Report on lock hospitals in British Burma
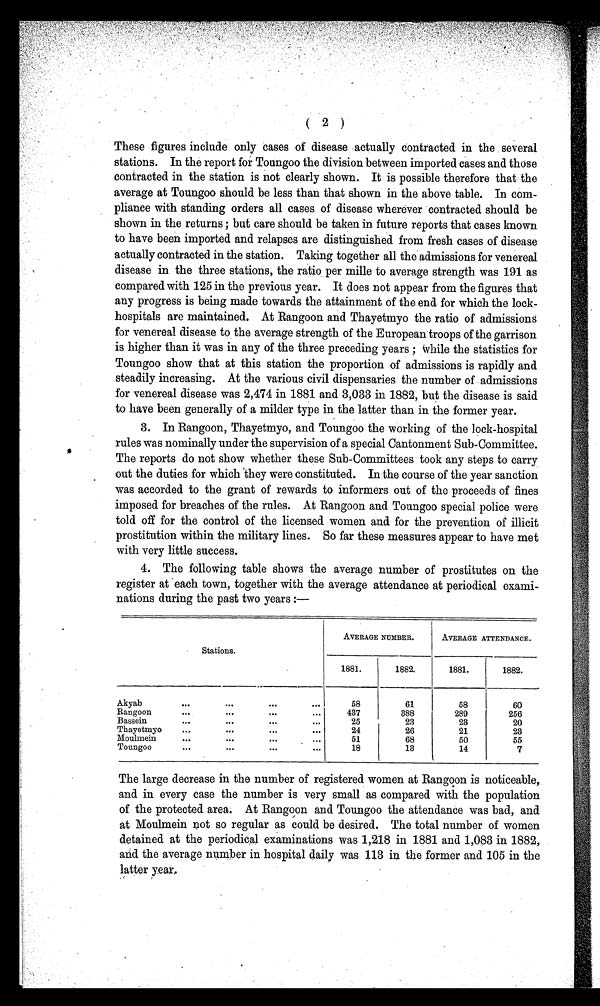
( 2 )
These figures include only cases of disease actually contracted in the several
stations. In the report for Toungoo the division between imported cases and those
contracted in the station is not clearly shown. It is possible therefore that the
average at Toungoo should be less than that shown in the above table. In com
pliance with standing orders all cases of disease wherever contracted should be
shown in the returns ; but care should be taken in future reports that cases known
to have been imported and relapses are distinguished from fresh cases of disease
actually contracted in the station. Taking together all the admissions for venereal
disease in the three stations, the ratio per mille to average strength was 191 as
compared with 125 in the previous year. It does not appear from the figures that
any progress is being made towards the attainment of the end for which the lock-
hospitals are maintained. At Rangoon and Thayetmyo the ratio of admissions
for venereal disease to the average strength of the European troops of the garrison
is higher than it was in any of the three preceding years ; while the statistics for
Toungoo show that at this station the proportion of admissions is rapidly and
steadily increasing. At the various civil dispensaries the number of admissions
for venereal disease was 2,474 in 1881 and 3,033 in 1882, but the disease is said
to have been generally of a milder type in the latter than in the former year.
3. In Rangoon, Thayetmyo, and Toungoo the working of the lock-hospital
rules was nominally under the supervision of a special Cantonment Sub-Committee.
The reports do not show whether these Sub-Committees took any steps to carry
out t he dut i es for whi ch dt hey were const i t ut ed. In t he course of t he year sanct i on
was accorded to the grant of rewards to informers out of the proceeds of fines
imposed for breaches of the rules. At Rangoon and Toungoo special police were
told off for the control of the licensed women and for the prevention of illicit
prostitution within the military lines. So far these measures appear to have met
with very little success.
4. The following table shows the average number of prostitutes on the
register at each town, together with the average attendance at periodical exami
nations during the past two years :—
Stations.
AVERAGE NUMBER.
AVERAGE ATTENDANCE.
1881.
1882.
1881.
1882.
Akyab
. . .
. . .
. . .
. . .
58
61
58
60
Rangoon
. . .
. . .
. . .
...
437
388
289
256
Bassein
. . .
. . .
. . .
...
25
23
23
20
Thayetmyo
. . .
. . .
. . .
24
26
21
23
Mouhnein
. . .
. . . .
. . .
. . .
51
68
50
55
Toungoo
. . .
. . .
. . .
...
18
13
14
7
The large decrease in the number of registered women at Rangoon is noticeable,
and in every case the number is very small as compared with the population
of the protected area. At Rangoon and Toungoo the attendance was bad, and
at Moulmein not so regular as could be desired. The total number of women
detained at the periodical examinations was 1,218 in 1881 and 1,083 in 1882,
and the average number in hospital daily was 113 in the former and 105 in the
latter year.